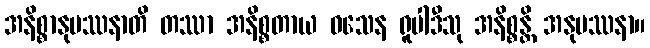
အနိစ္စာနုပဿနာတိ တဿာ အနိစ္စတာယ ဝသေန ရူပါဒီသု အနိစ္စန္တိ အနုပဿနာ။